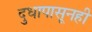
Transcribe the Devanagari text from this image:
दुधापासूनही